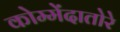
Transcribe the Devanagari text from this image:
कोम्मेंदातोरे